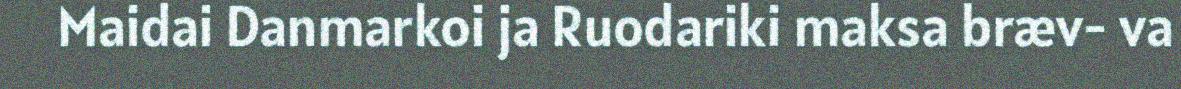
Maidai Danmarkoi ja Ruodariki maksa bræv- va